Annual report on the working of the lock hospitals in the North-Western Provinces and Oudh
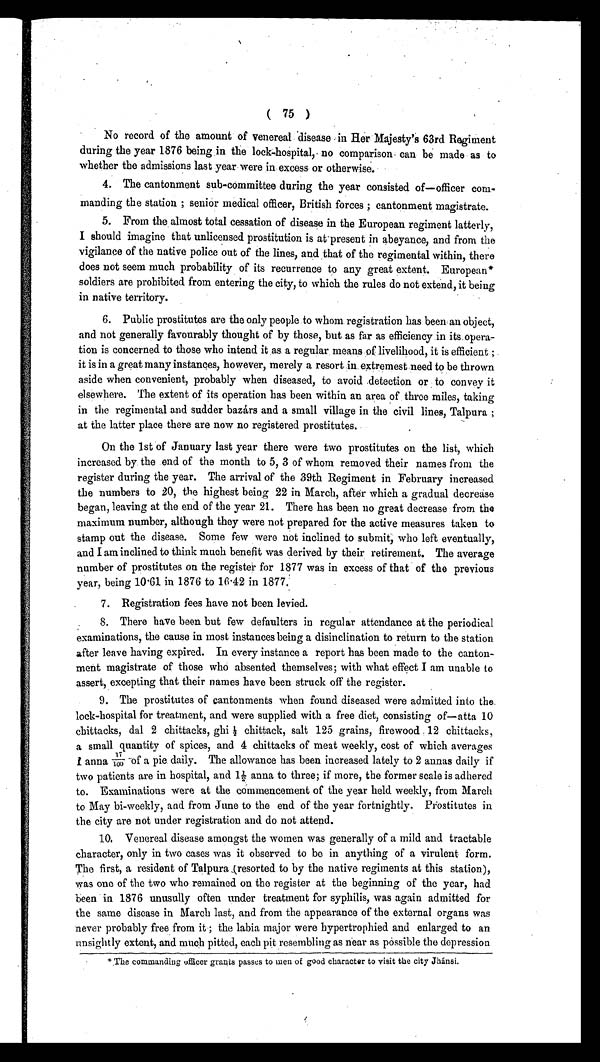
( 75 )
No record of the amount of venereal disease in Her Majesty's 63rd Regiment
during the year 1876 being in the lock-hospital, no comparison can be made as to
whether the admissions last year were in excess or otherwise.
4. The cantonment sub-committee during the year consisted of—officer com-
manding the station ; senior medical officer, British forces ; cantonment magistrate.
5. From the almost total cessation of disease in the European regiment latterly,
I should imagine that unlicensed prostitution is at-present in abeyance, and from the
vigilance of the native police out of the lines, and that of the regimental within, there
does not seem much probability of its recurrence to any great extent. European*
soldiers are prohibited from entering the city, to which the rules do not extend, it being
in native territory.
6. Public prostitutes are the only people to whom registration has been an object,
and not generally favourably thought of by those, but as far as efficiency in its, opera-
tion is concerned to those who intend it as a regular means of livelihood, it is efficient ;
it is in a great many instances, however, merely a resort, in extremest need to be thrown
aside when convenient, probably when diseased, to avoid detection or to convey it
elsewhere. The extent of its operation has been within an area of three miles, taking
in the regimental and sudder bazárs and a small village in the civil lines, Talpura ;
at the latter place there are now no registered prostitutes.
On the 1st of January last year there were two prostitutes on the list, which
increased by the end of the month to 5, 3 of whom removed their names from the
register during the year. The arrival of the 39th Regiment in February increased
the numbers to 20, the highest being 22 in March, after which a gradual decrease
began, leaving at the end of the year 21. There has been no great decrease from the
maximum number, although they were not prepared for the active measures taken to
stamp out the disease. Some few were not inclined to submit; who left eventually,
and I am inclined to think much benefit was derived by their retirement. The average
number of prostitutes on the register for 1877 was in excess of that of the previous
year, being 10 .61 in 1876 to 16 .42 in 1877.
7 . R e g i s t r a t i o n f e e s h a v e n o t b e e n l e v i e d .
8. There have been but few defaulters in regular attendance at the periodical
examinations, the cause in most instances being a disinclination to return to the station
after leave having expired. In every instance a report has been made to the canton-
ment magistrate of those who absented themselves; with what effect I am unable to
assert, excepting that their names have been struck off the register.
9. The prostitutes of cantonments when found diseased were admitted into the.
lock-hospital for treatment, and were supplied with a free diet, consisting of—atta 10
chittacks, dal 2 chittacks, ghi 1/2 chittack, salt 125 grains, firewood 12 chittacks,
a small quantity of spices, and 4 chittacks of meat weekly, cost of which averages
1 a n n a 1 7 / 1 0 0 o f a p i e . d a i l y . T h e a l l o w a n c e h a s b e e n i n c r e a s e d l a t e l y t o 2 a n n a s d a i l y i f
two patients are in hospital, and 1½ anna to three; if more, the former scale is adhered
to. Examinations were at the commencement of the year held weekly, from March
to May bi-weekly, and. from June to the end of the year fortnightly. Prostitutes in
the city are not under registration and do not attend.
1 0 . V e n e r e a l d i s e a s e a m o n g s t t h e w o m e n w a s g e n e r a l l y o f a m i l d a n d t r a c t a b l e
character, only in two cases was it observed to be in anything of a virulent form.
The first, a resident of Talpura (resorted to by the native regiments at this station),
was one of the two who remained on the register at the beginning of the year, had
been in 1876 unusully often under treatment for syphilis, was again admitted for
the same disease in March last, and from the appearance of the external organs was
never probably free from it ; the labia major were hypertrophied and enlarged to an
unsightly extent, and much pitted, each pit resembling as near as possible the depression
* .The commanding officer grants passes to men of good character to visit the city Jhánsi.